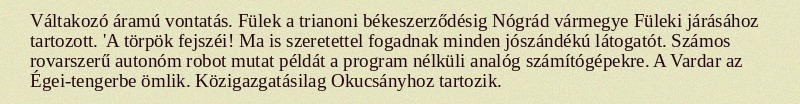
Váltakozó áramú vontatás. Fülek a trianoni békeszerződésig Nógrád vármegye Füleki járásához tartozott. 'A törpök fejszéi! Ma is szeretettel fogadnak minden jószándékú látogatót. Számos rovarszerű autonóm robot mutat példát a program nélküli analóg számítógépekre. A Vardar az Égei-tengerbe ömlik. Közigazgatásilag Okucsányhoz tartozik.